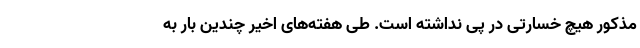
مذکور هیچ خسارتی در پی نداشته است. طی هفته‌های اخیر چندین بار به